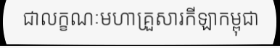
ជាលក្ខណៈមហាគ្រួសារកីឡាកម្ពុជា